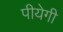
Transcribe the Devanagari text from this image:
पीयेगी